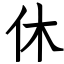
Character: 休